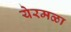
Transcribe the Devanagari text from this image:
येरमळा